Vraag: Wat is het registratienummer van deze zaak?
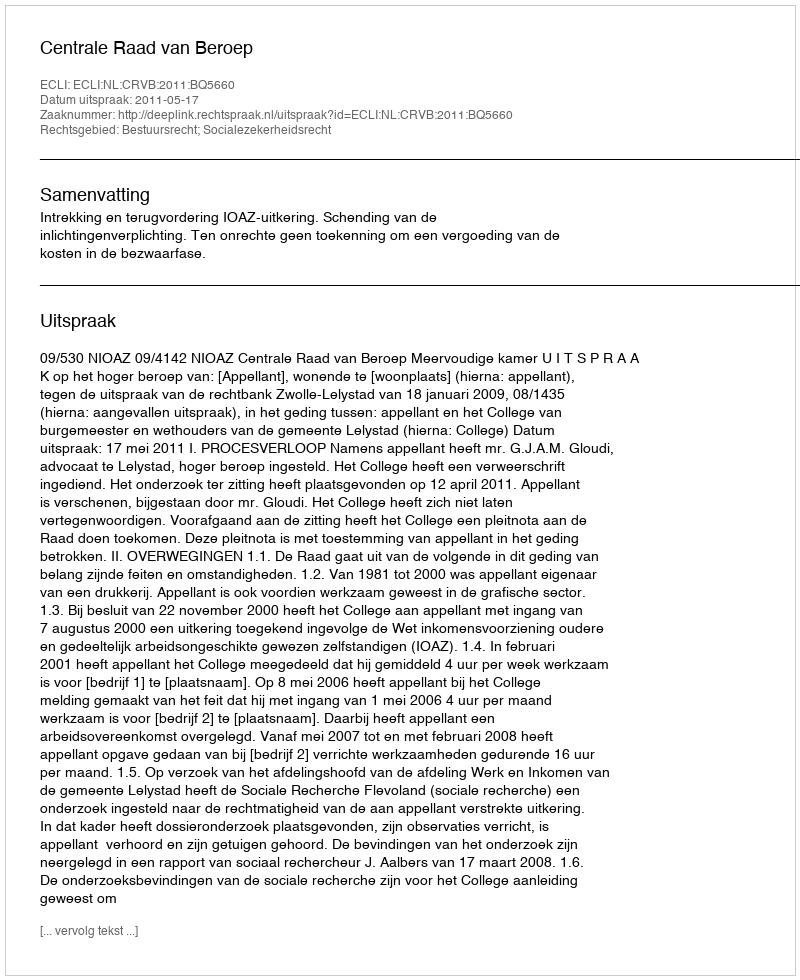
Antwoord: http://deeplink.rechtspraak.nl/uitspraak?id=ECLI:NL:CRVB:2011:BQ5660